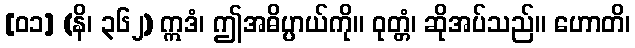
[၀၁] (နိ၊ ၃၆၂) ဣဒံ၊ ဤအဓိပ္ပာယ်ကို။ ဝုတ္တံ၊ ဆိုအပ်သည်။ ဟောတိ၊